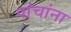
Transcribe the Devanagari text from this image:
पांचांना